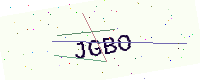
Text: JGBO